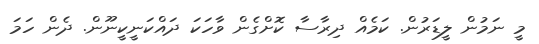
މީ ނަމުން ލީޑަރުން. ކަމެއް ދިރާސާ ކޮށްގެން ވާހަކަ ދައްކަނީކީނޫން. ދެން ހަމަ